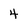
Character: 4